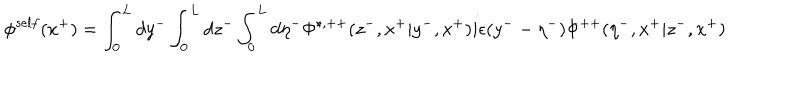
LaTeX: { \phi } ^ { s e l f } ( x ^ { + } ) = \int _ { 0 } ^ { L } d y ^ { - } \int _ { 0 } ^ { L } d z ^ { - } \int _ { 0 } ^ { L } d { \eta } ^ { - } { \Phi } ^ { \star , + + } ( z ^ { - } , x ^ { + } | y ^ { - } , x ^ { + } ) i { \epsilon } ( y ^ { - } - { \eta } ^ { - } ) { \Phi } ^ { + + } ( { \eta } ^ { - } , x ^ { + } | z ^ { - } , x ^ { + } )